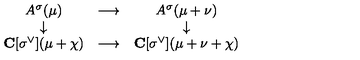
\begin{array} { c c c } { A ^ { \sigma } ( \mu ) } & { \longrightarrow } & { A ^ { \sigma } ( \mu + \nu ) } \\ { \downarrow } & { } & { \downarrow } \\ { { \bf C } [ \sigma ^ { \vee } ] ( \mu + \chi ) } & { \longrightarrow } & { { \bf C } [ \sigma ^ { \vee } ] ( \mu + \nu + \chi ) } \\ \end{array}